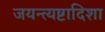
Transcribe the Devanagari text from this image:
जयन्त्यष्टादिशा